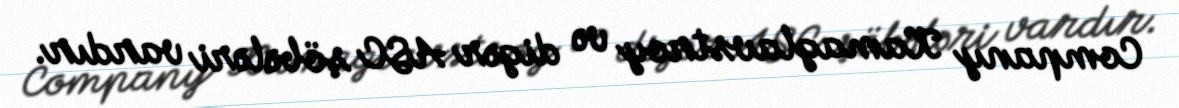
Company Kamaglavstroy və digər ASC şöbələri vardır.